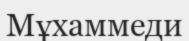
Мұхаммеди